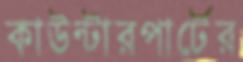
কাউন্টারপার্টের